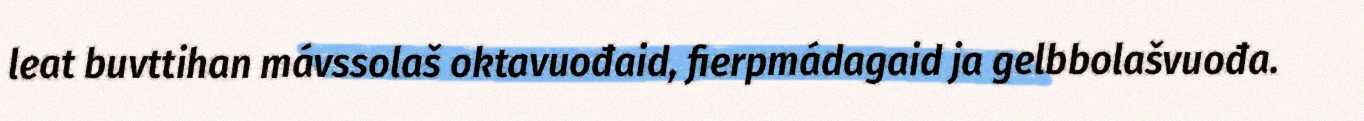
leat buvttihan mávssolaš oktavuođaid, fierpmádagaid ja gelbbolašvuođa.